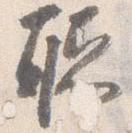
聴